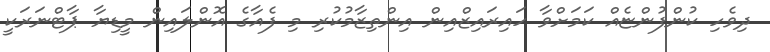
ދިވެހި ކުންފުންޏެއް ކަމަށްވާ ހައިރައިޒްއިން އިންތިޒާމުކުރި މި ފެއާގެ އޮންލައިން މީޑިޔާ ޕާޓްނަރަކީ